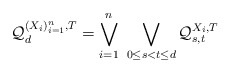
\begin{align*} \mathcal{Q}_d^{(X_i)_{i=1}^n,T}=\bigvee_{i=1}^n\ \bigvee_{0\leq s<t\leq d}\mathcal{Q}_{s,t}^{X_i,T}\end{align*}